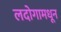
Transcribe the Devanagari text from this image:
लदोगामधून